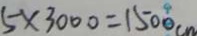
5 \times 3 0 0 0 = 1 5 0 0 c m